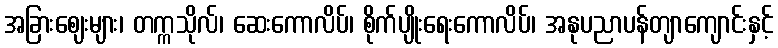
အခြားဈေးများ၊ တက္ကသိုလ်၊ ဆေးကောလိပ်၊ စိုက်ပျိုးရေးကောလိပ်၊ အနုပညာပန်တျာကျောင်းနှင့်